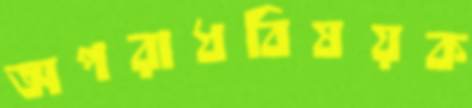
অপরাধবিষয়ক